Malaria in the Duars
Disease focus: Malaria
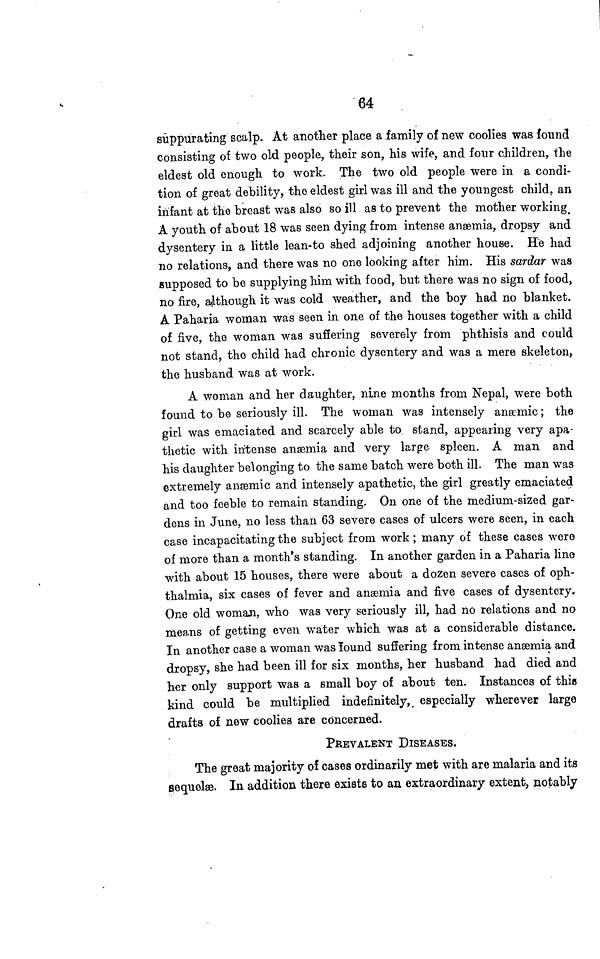
64
suppurating scalp. At another place a family of new coolies was found
consisting of two old people, their son, his wife, and four children, the
eldest old enough to work. The two old people were in a condi-
tion of great debility, the eldest girl was ill and the youngest child, an
infant at the breast was also so ill as to prevent the mother working_
A youth of about 18 was seen dying from intense anæmia, dropsy and
dysentery in a little lean-to shed adjoining another house. He had
no relations, and there was no one looking after him. His sardar was
supposed to be supplying him with food, but there was no sign of food,
no fire, although it was cold weather, and the boy had no blanket.
A Paharia woman was seen in one of the houses together with a child
of five, the woman was suffering severely from phthisis and could
not stand, the child had chronic dysentery and was a mere skeleton,
the husband was at work.
A woman and her daughter, nine months from Nepal, were both
found to be seriously ill. The woman was intensely anæmic; the
girl was emaciated and scarcely able to. stand, appearing very apa-
thetic with intense anæmia and very large spleen. A man and
his daughter belonging to the same batch were both ill. The man was
extremely anæmic and intensely apathetic, the girl greatly emaciated
and too feeble to remain standing. On one of the medium-sized gar-
dens in June, no less than 63 severe cases of ulcers were seen, in each
case incapacitating the subject from work; many of these cases were
of more than a month's standing. In another garden in a Paharia line
with about 15 houses, there were about a dozen severe cases of oph-
thalmia, six cases of fever and anaemia and five cases of dysentery.
One old woman, who was very seriously ill, had no relations and no
means of getting even water which was at a considerable distance.
In another case a woman was found suffering from intense anæmia and
dropsy, she had been ill for six months, her husband had died and
her only support was a small boy of about ten. Instances of this
kind could be multiplied indefinitely, especially wherever large
drafts of new coolies are concerned.
PREVALENT DISEASES.
The great majority of cases ordinarily met with are malaria and its
sequelæ. In addition there exists to an extraordinary extent, notably